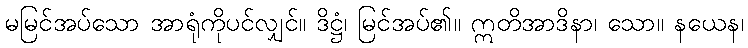
မမြင်အပ်သော အာရုံကိုပင်လျှင်။ ဒိဋ္ဌံ၊ မြင်အပ်၏။ ဣတိအာဒိနာ၊ သော။ နယေန၊